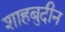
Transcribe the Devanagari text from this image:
शाहबुदीन